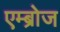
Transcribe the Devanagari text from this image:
एम्ब्रोज